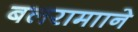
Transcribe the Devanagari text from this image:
बलरामााने